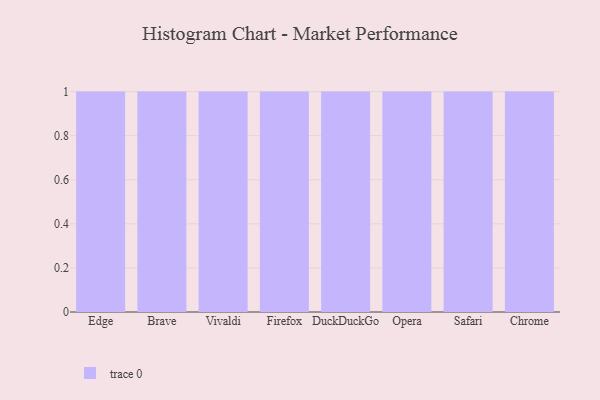
{"axis": {"x": "Browser", "y": "Conversion Rate (%)"}, "legend": [""], "data": [{"x": "Edge", "y": 31, "type": ""}, {"x": "Brave", "y": 92, "type": ""}, {"x": "Vivaldi", "y": 25, "type": ""}, {"x": "Firefox", "y": 2, "type": ""}, {"x": "DuckDuckGo", "y": 92, "type": ""}, {"x": "Opera", "y": 21, "type": ""}, {"x": "Safari", "y": 13, "type": ""}, {"x": "Chrome", "y": 26, "type": ""}]}